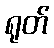
ရုတ်